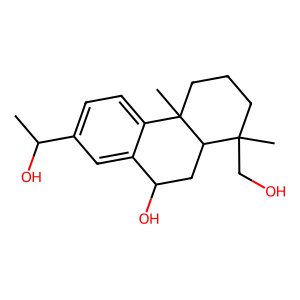
SMILES: CC(O)c1ccc2c(c1)C(O)CC1C(C)(CO)CCCC21C
Inhibits HIV replication: No